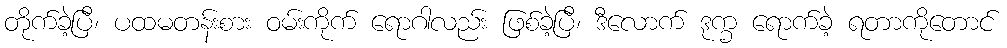
တိုက်ခဲ့ပြီ၊ ပထမတန်းစား ဝမ်းကိုက် ရောဂါလည်း ဖြစ်ခဲ့ပြီ၊ ဒီလောက် ဒုက္ခ ရောက်ခဲ့ ရတာကိုတောင်